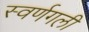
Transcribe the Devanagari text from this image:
स्वर्णगली